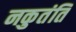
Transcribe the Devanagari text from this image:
नकुतंति